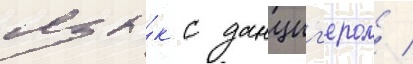
язы́к с данциг'ером /